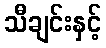
သီချင်းနှင့်